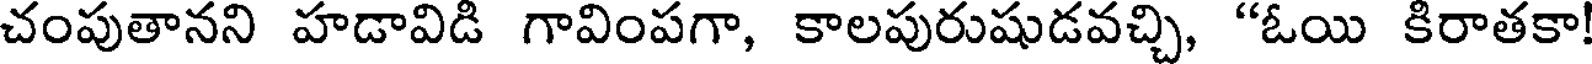
చంపుతానని హడావిడి గావింపగా, కాలపురుషుడవచ్చి, "ఓయి కిరాతకా!